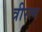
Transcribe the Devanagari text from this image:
त्रीरत्न